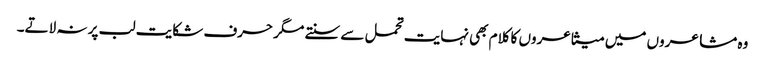
وہ مشاعروں میں متشاعروں کا کلام بھی نہایت تحمل سے سنتے مگر حرف شکایت لب پر نہ لاتے۔